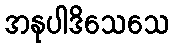
အနုပါဒိသေသေ